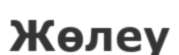
Жөлеу